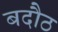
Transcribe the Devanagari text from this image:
बदौठ